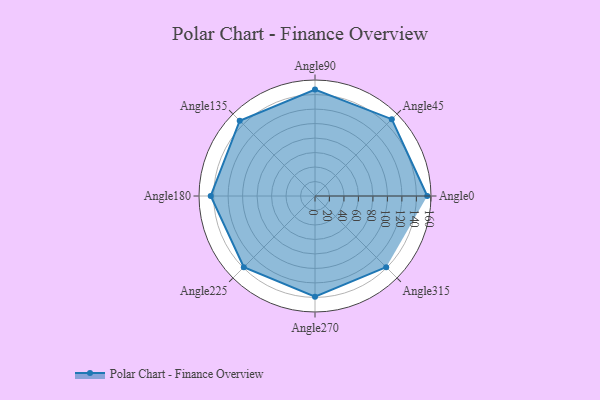
{"axis": {"x": "Angle", "y": "Radius"}, "legend": [""], "data": [{"x": "Angle0", "y": 155.0, "type": ""}, {"x": "Angle45", "y": 150.0, "type": ""}, {"x": "Angle90", "y": 147.0, "type": ""}, {"x": "Angle135", "y": 147.0, "type": ""}, {"x": "Angle180", "y": 144.0, "type": ""}, {"x": "Angle225", "y": 139.0, "type": ""}, {"x": "Angle270", "y": 139.0, "type": ""}, {"x": "Angle315", "y": 139.0, "type": ""}]}